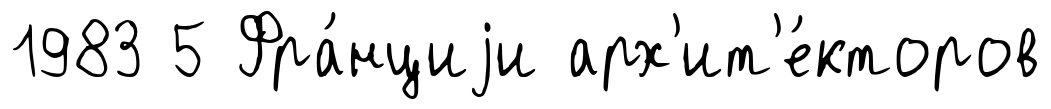
1983 5 Фра́нциjи арх'ит'е́кторов